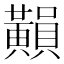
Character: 𪏚